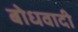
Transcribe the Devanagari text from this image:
बोधवादी